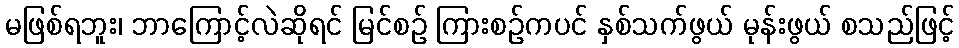
မဖြစ်ရဘူး၊ ဘာကြောင့်လဲဆိုရင် မြင်စဉ် ကြားစဉ်ကပင် နှစ်သက်ဖွယ် မုန်းဖွယ် စသည်ဖြင့်